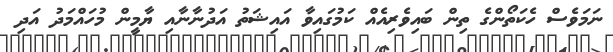
ނަމަވެސް ހެކަތޯންގެ ތިން ބައިވެރިއެއް ކަމުގައިވާ އައިޝަތު އަދުނާނާއި ޔާމީން މުހައްމަދު އަދި